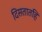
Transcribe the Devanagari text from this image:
दिसतातहि